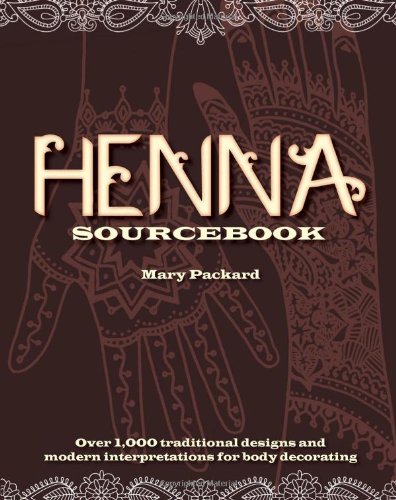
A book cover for Henna Sourcebook: Over 1,000 traditional designs and modern interpretations for body decorating; Mary Packard; Arts & Photography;